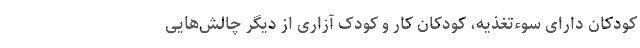
کودکان دارای سوء‌تغذیه، کودکان کار و کودک آزاری از دیگر چالش‌هایی